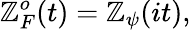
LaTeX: \mathbb{Z}_{F}^{o}(t)=\mathbb{Z}_{\psi}(it),